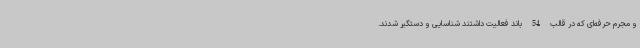
و مجرم حرفه‌ای که در قالب 54 باند فعالیت داشتند شناسایی و دستگیر شدند.